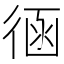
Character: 𢔈